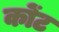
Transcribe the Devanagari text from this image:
कोंट